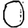
Digit: 0